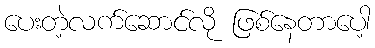
ပေးတဲ့လက်ဆောင်လို ဖြစ်နေတာပေါ့